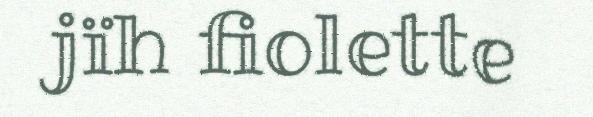
jïh fiolette